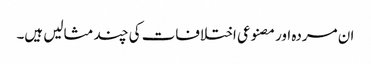
ان مردہ اور مصنوعی اختلافات کی چند مثالیں ہیں۔